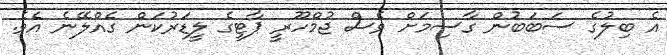
އެ ބިލުގެ ސަބަބުން ގާސިމަށް ވެސް ޖުމްހޫރީ ޕާޓީގެ ލީޑަރުކަން ގެއްލޭނެ އެވެ.